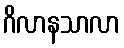
ဂိလာနသာလာ